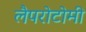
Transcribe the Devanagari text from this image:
लैपरोटोमी